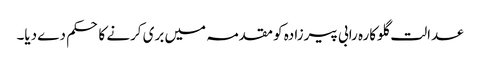
عدالت گلوکارہ رابی پیرزادہ کو مقدمہ میں بری کرنے کا حکم دے دیا۔